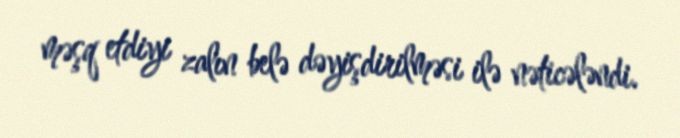
məşq etdiyi zalın belə dəyişdirilməsi ilə nəticələndi.